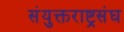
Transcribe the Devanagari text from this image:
संयुक्तराष्ट्रसंघ